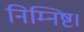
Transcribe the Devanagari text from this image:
निम्निष्ट।